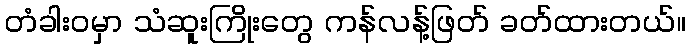
တံခါးဝမှာ သံဆူးကြိုးတွေ ကန်လန့်ဖြတ် ခတ်ထားတယ်။